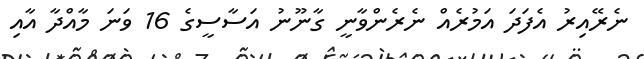
ނެރޭއިރު އެފަދަ އަމުރެއް ނެރެންވާނީ ގާނޫނު އަސާސީގެ 16 ވަނަ މާއްދާ އާއި